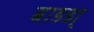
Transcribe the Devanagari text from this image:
बाडडा्